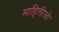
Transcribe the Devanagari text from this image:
माहिलीजो